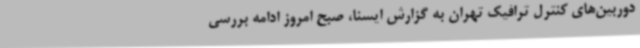
دوربین‌های کنترل ترافیک تهران به گزارش ایسنا، صبح امروز ادامه بررسی